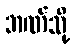
ဘဏ်သို့